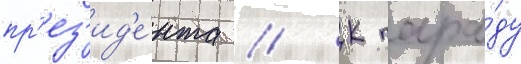
пр'ез'ид'е́нта // К пара́ду